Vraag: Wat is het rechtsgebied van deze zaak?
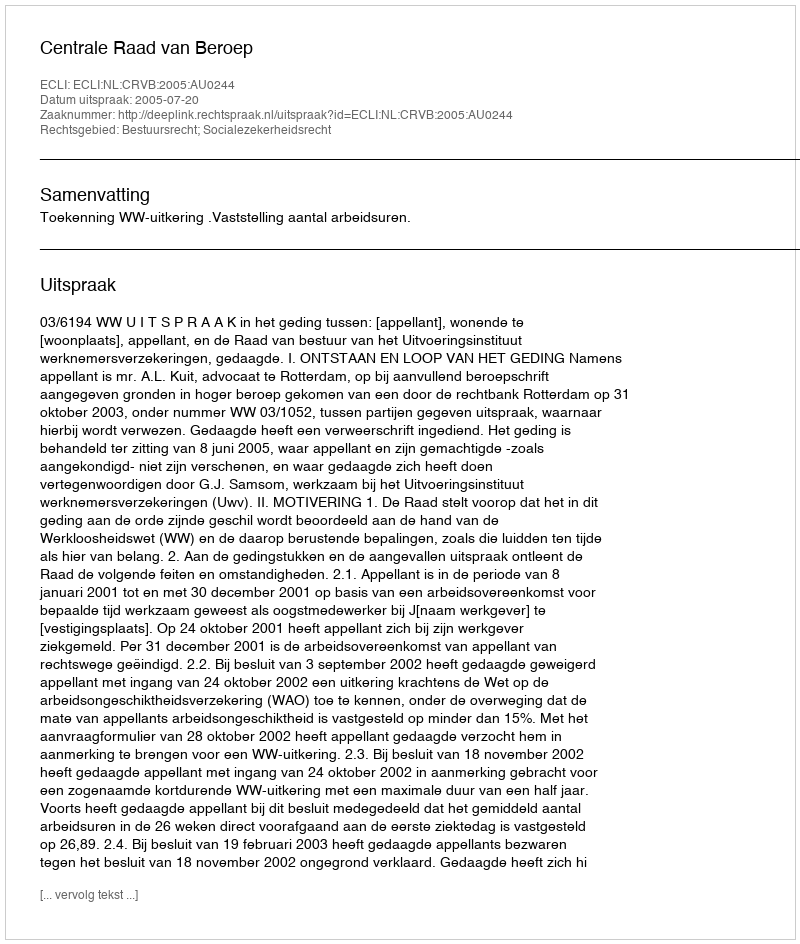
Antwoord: Bestuursrecht; Socialezekerheidsrecht